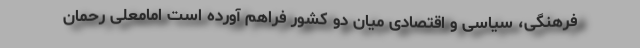
فرهنگی، سیاسی و اقتصادی میان دو کشور فراهم آورده است امامعلی رحمان